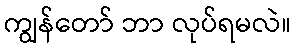
ကျွန်တော် ဘာ လုပ်ရမလဲ။